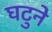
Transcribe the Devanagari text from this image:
घटुने